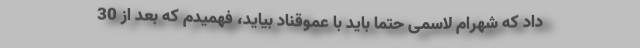
داد که شهرام لاسمی حتما باید با عموقناد بیاید، فهمیدم که بعد از 30